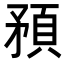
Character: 𥎀